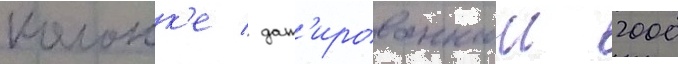
колонк'е / дат'ированнои 2000